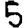
Digit: 5